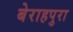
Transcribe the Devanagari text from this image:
बेराहपुरा